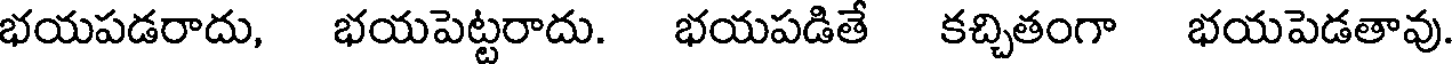
భయపడరాదు, భయపెట్టరాదు. భయపడితే కచ్చితంగా భయపెడతావు.